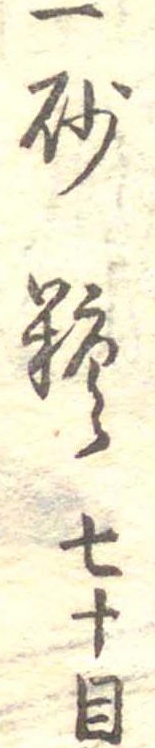
一砂糖七十目